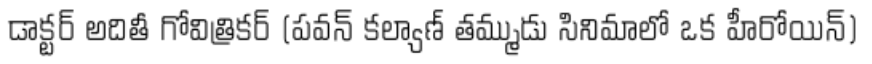
డాక్టర్ అదితీ గోవిత్రికర్ (పవన్ కల్యాణ్ తమ్ముడు సినిమాలో ఒక హీరోయిన్)